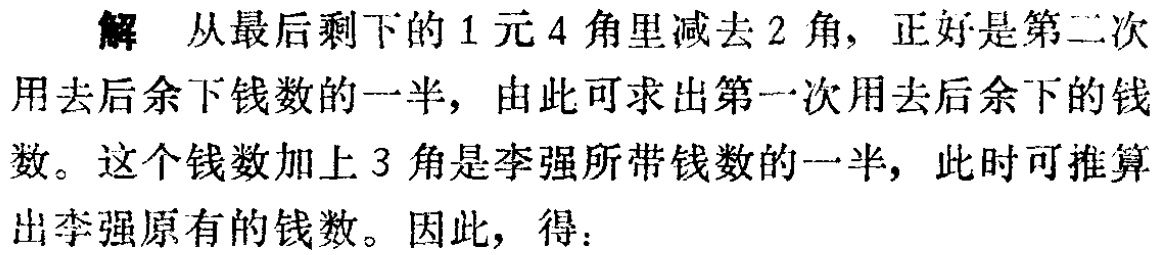
解 从最后剩下的1元4角里减去2角，正好是第二次用去后余下钱数的一半，由此可求出第一次用去后余下的钱数。这个钱数加上3角是李强所带钱数的一半，此时可推算出李强原有的钱数。因此，得：